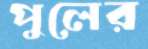
পুলের